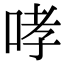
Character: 哮